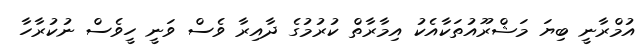
އުމްރާނީ ބިޔަ މަޝްރޫއުތަކާއެކު އިމާރާތް ކުރުމުގެ ދާއިރާ ވެސް ވަނީ ހީވެސް ނުކުރާހާ